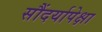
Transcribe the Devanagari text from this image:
सौंदर्यापेक्षा